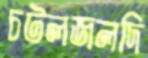
চটলজলদি